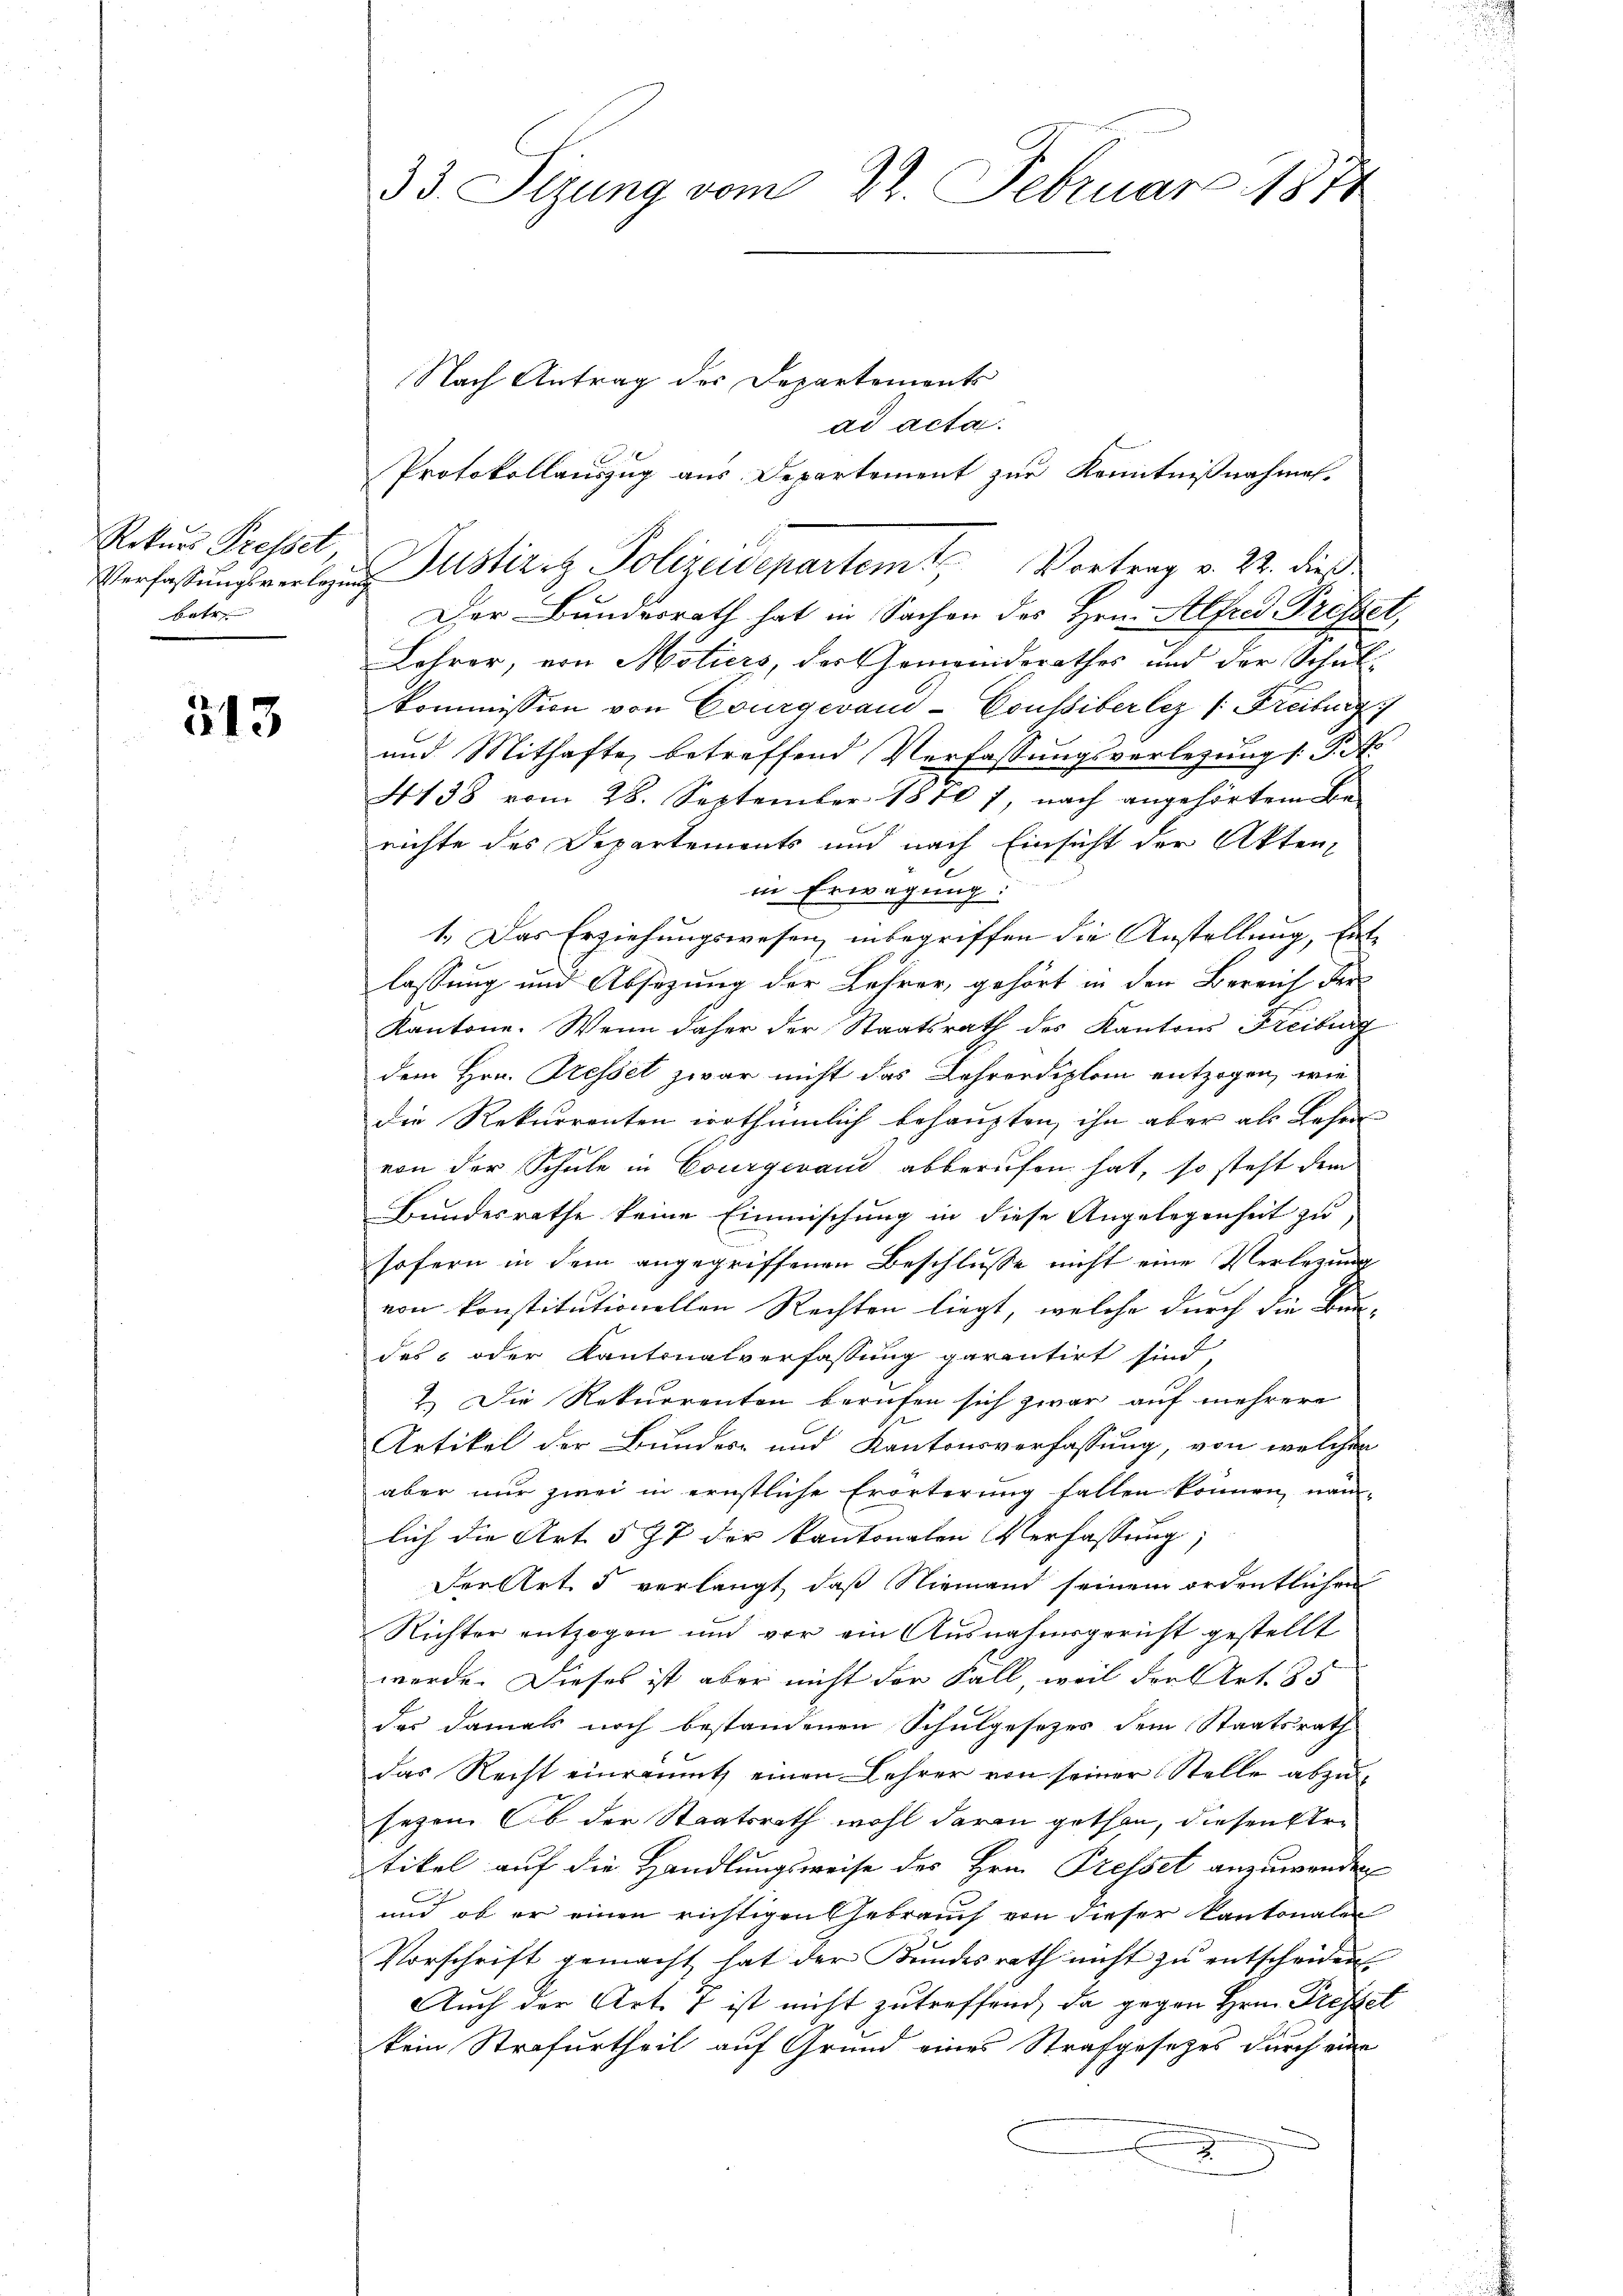
Rekurs Presset
Verfassungsverlegung
betr.

313

33. Sizung vom 22. Februar 1874

Nach Antrag des Departements
ad acta.
f
Protokollauszug aus Departement zur Kenntnißnahmen.
Der Bundesrath hat in Sachen des Hrn. Alfred Pressel,
Lehrer, von Motiers, der Gemeinderathes und der Schul-
kommission von Courgeraus-Conssiber lez /: Freiburg
und Mithafte, betreffend Verfassungsverlegung s. St
4138 vom 28. September 1810 7, nach angehörtem Be-
richte des Departements und nach Einsicht der Akten-
in Erwägung:
1.) Das Erziehungswesen, inbegriffen die Anstellung, Ent-
lassung und Absezung der Lehrer, gehört in den Bereich der
Kantone. Wenn daher der Staatsrath des Kantons Freiburg
dem Hrn. Presset zwar nicht das Lehrordiplom entzogen, wie
die Rekurrenten irrthümlich behaupten, ihn aber als Lehra
von der Schule in Courgeraus abberufen hat, so steht dem
Bundesrathe keine Einmischung in diese Angelegenheit zu,
sofern in dem angegriffenen Beschlusse nicht eine Verlegung
von konstitutionellen Rechten liegt, welche durch die Bun-
des oder Kantonalverfassung garantirt sind,
2.) Die Rekurrenten berufen sich zwar auf mehrere
Artikel der Bundes- und Kantonsverfassung, von welchen
aber nur zwei in ernstliche Erörterung fallen können, näm-
lich die Art. 597 der kantonalen Verfassung,
Der Art. 5 verlangt, daß Niemand seinem ordentlichen
Richter entzogen und vor ein Ausnahmsgericht gestellt
werde. Dieses ist aber nicht der Fall, weil der Art. 35
des damals noch bestandenen Schulgesetzes dem Staatsrath
das Recht einraumt einen Lehrer von seiner Stelle abzŭ-
sezen. Ob der Staatsrath wohl daran gethan, diesen Ertikel auf die Handlungsweise des Hrn. Presset anzuwenden
und ob er einen richtigen Gebrauch von dieser Kantonalen
Vorschrift gemacht hat der Bundesrath nicht zu entscheiden
Auch der Art. 7 ist nicht zutreffend, da gegen Hrn. Preffet
kein Strafurtheil auf Grund eines Strafgesetzes durch eine

Justiz & Polizeidepartem Vortrag v. 22. dieß